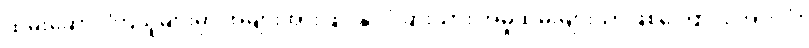
ထမ်းဆောင်ကြသူများမှာ အများအားဖြင့် နိုင်ငံခြားသား အမှုထမ်းများသာဖြစ်ကြောင်း အားလုံး